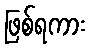
ဖြစ်ရကား